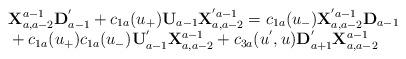
LaTeX: \begin{align*}\begin{array}{l}{\bf X}^{a-1}_{a,a-2}{\bf D}_{a-1}^{'}+c_{1a}(u_{+}){\bf U}_{a-1}{\bf X}^{'a-1}_{a,a-2}=c_{1a}(u_{-}){\bf X}^{'a-1}_{a,a-2}{\bf D}_{a-1}\\\mbox{}+c_{1a}(u_{+})c_{1a}(u_{-}){\bf U}_{a-1}^{'}{\bf X}^{a-1}_{a,a-2}+c_{3a}(u^{'},u){\bf D}_{a+1}^{'}{\bf X}^{a-1}_{a,a-2}\end{array}\end{align*}